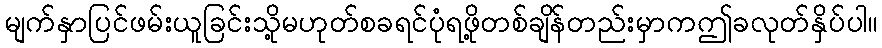
မျက်နှာပြင်ဖမ်းယူခြင်းသို့မဟုတ်စခရင်ပုံရဖို့တစ်ချိန်တည်းမှာကဤခလုတ်နှိပ်ပါ။